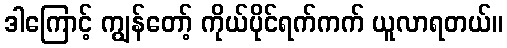
ဒါကြောင့် ကျွန်တော့် ကိုယ်ပိုင်ရက်ကက် ယူလာရတယ်။